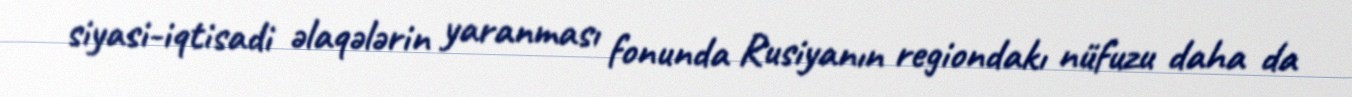
siyasi-iqtisadi əlaqələrin yaranması fonunda Rusiyanın regiondakı nüfuzu daha da